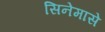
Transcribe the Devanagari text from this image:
सिनेमासे